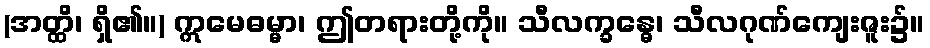
(အတ္ထိ၊ ရှိ၏။) ဣမေဓမ္မာ၊ ဤတရားတို့ကို။ သီလက္ခန္ဓေ၊ သီလဂုဏ်ကျေးဇူး၌။